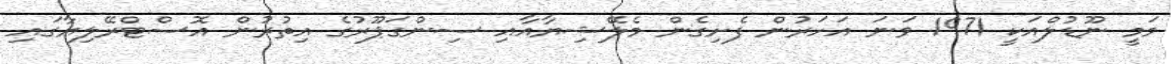
މަމީ ނޫޑުލްއަކީ 1971 ވަނަ އަހަރުން ފެށިގެން މެލޭޝިޔާއާއި ސިންގަޕޫރުގެ އިތުރުން އޮސްޓްރޭލިޔާގައި